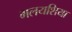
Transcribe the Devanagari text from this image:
मलयशिया